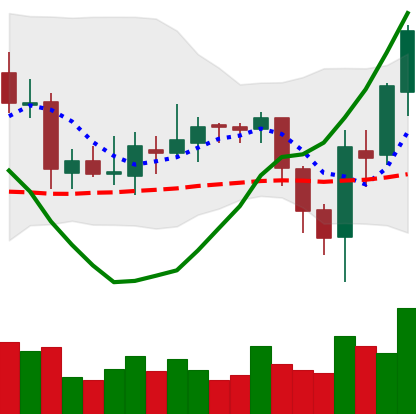
Ticker: ETC-USD
Chart end date: 2018-08-06
Forward return: -28.865%
Label: down_7plus